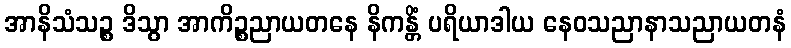
အာနိသံသဉ္စ ဒိသွာ အာကိဉ္စညာယတနေ နိကန္တိံ ပရိယာဒါယ နေဝသညာနာသညာယတနံ